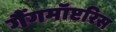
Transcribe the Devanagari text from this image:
गैंगमॉप्टरिस